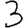
Digit: 3